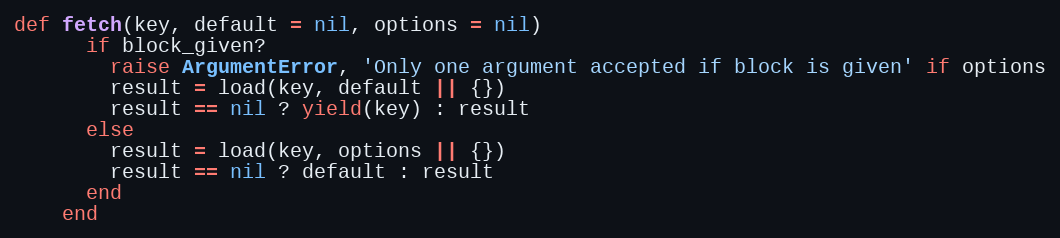
Language: Ruby
def fetch(key, default = nil, options = nil)
      if block_given?
        raise ArgumentError, 'Only one argument accepted if block is given' if options
        result = load(key, default || {})
        result == nil ? yield(key) : result
      else
        result = load(key, options || {})
        result == nil ? default : result
      end
    end